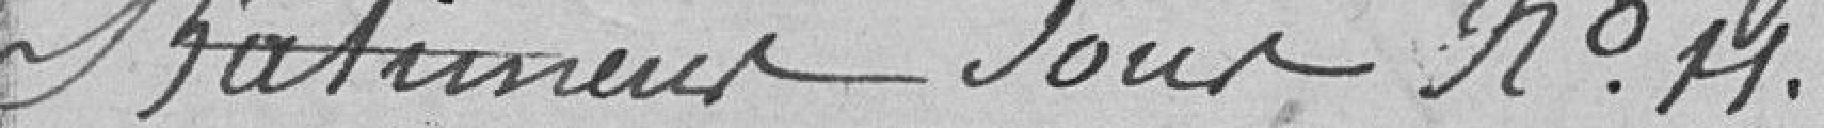
Bâtiments sous N°14.